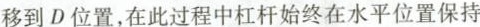
移到D位置，在此过程中杠杆始终在水平位置保持